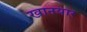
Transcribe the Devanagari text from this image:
खानयार